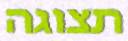
תצוגה